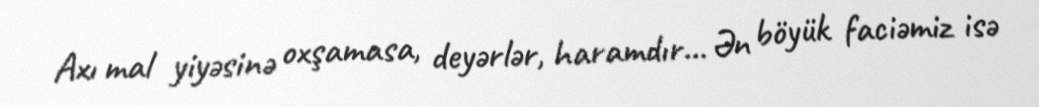
Axı mal yiyəsinə oxşamasa, deyərlər, haramdır... Ən böyük faciəmiz isə